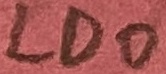
Text: LDO